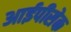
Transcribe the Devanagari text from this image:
आईपीसेक